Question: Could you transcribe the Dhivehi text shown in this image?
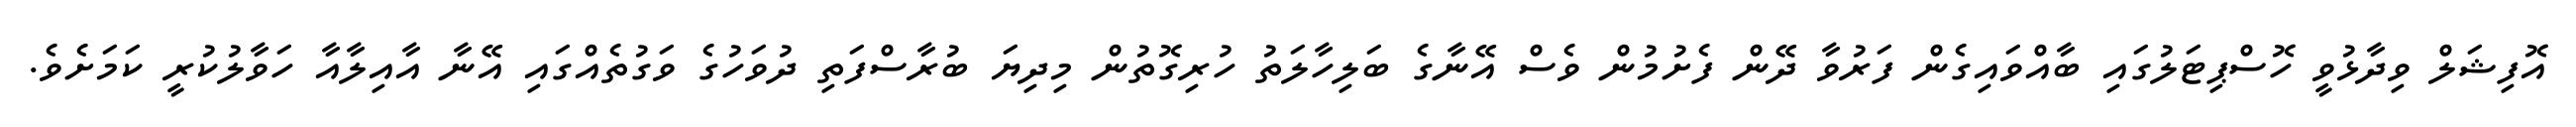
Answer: އޮފިޝަލް ވިދާޅުވީ ހޮސްޕިޓަލުގައި ބާއްވައިގެން ފަރުވާ ދޭން ފެށުމުން ވެސް އޭނާގެ ބަލިހާލަތު ހުރިގޮތުން މިދިޔަ ބުރާސްފަތި ދުވަހުގެ ވަގުތެއްގައި އޭނާ އާއިލާއާ ހަވާލުކުރީ ކަމަށެވެ.